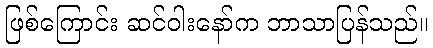
ဖြစ်ကြောင်း ဆင်ဝါးနော်က ဘာသာပြန်သည်။